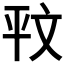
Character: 𭙁